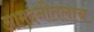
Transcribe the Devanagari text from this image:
आमदनीतलाच